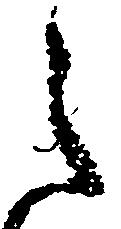
之